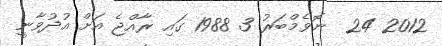
2012 24  ނޮވެމްބަރު 3 1988 ގައި ރާއްޖެ އަށް އުދުވާނީ